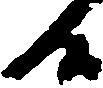
候